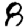
Digit: 8